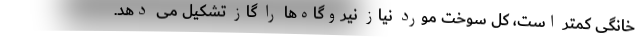
خانگی کمتر است، کل سوخت مورد نیاز نیروگاه‌ها را گاز تشکیل می دهد.